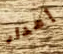
إهدار